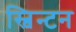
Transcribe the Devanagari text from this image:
स्विन्टन